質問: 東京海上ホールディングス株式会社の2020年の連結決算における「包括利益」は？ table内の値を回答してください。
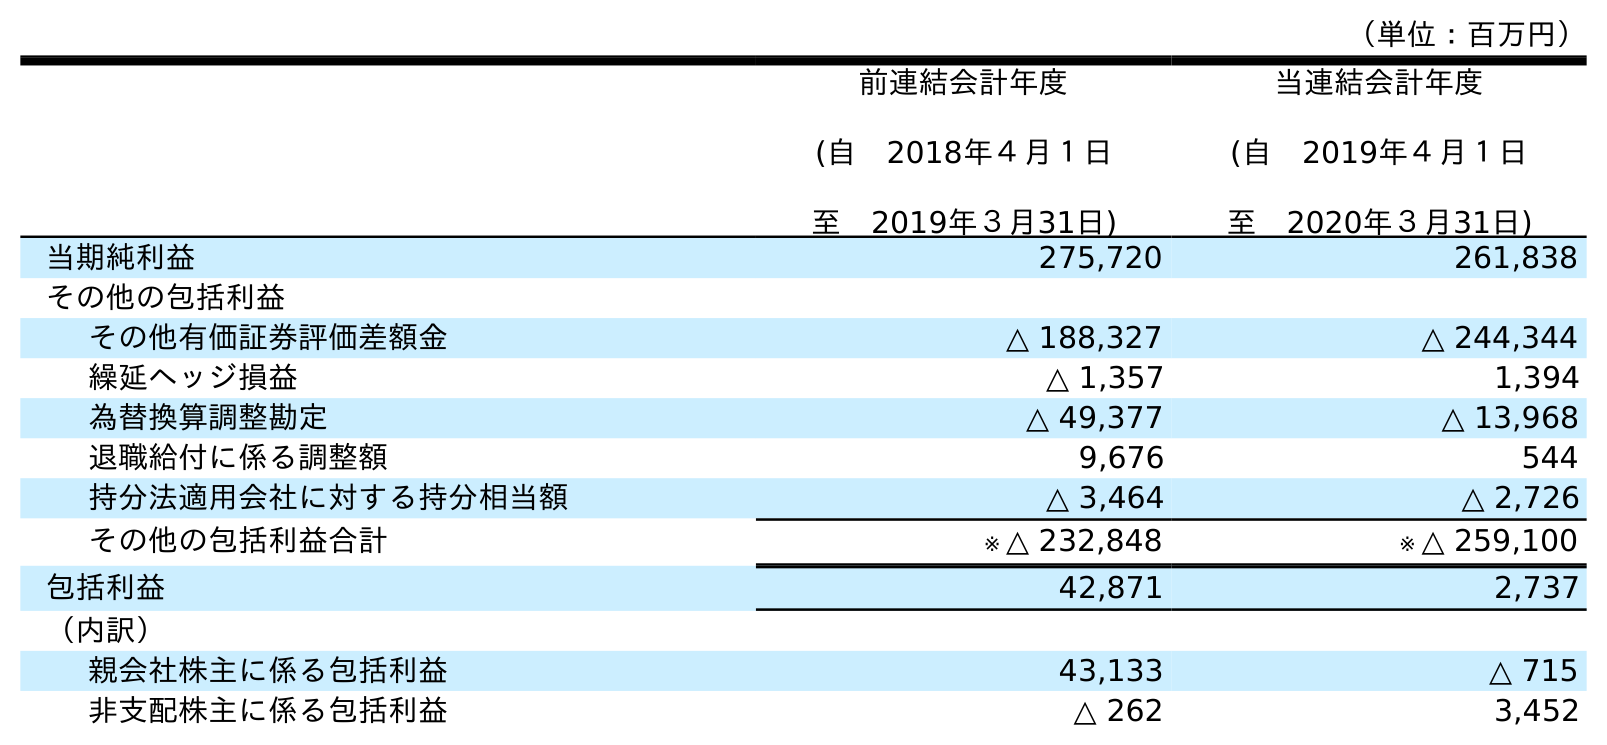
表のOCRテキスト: （単位：百万円） 前連結会計年度 (自 2018年４月１日 至 2019年３月31日) 当連結会計年度 (自 2019年４月１日 至 2020年３月31日) 当期純利益 275,720 261,838 その他の包括利益 その他有価証券評価差額金 △ 188,327 △ 244,344 繰延ヘッジ損益 △ 1,357 1,394 為替換算調整勘定 △ 49,377 △ 13,968 退職給付に係る調整額 9,676 544 持分法適用会社に対する持分相当額 △ 3,464 △ 2,726 その他の包括利益合計 ※ △ 232,848 ※ △ 259,100 包括利益 42,871 2,737 （内訳） 親会社株主に係る包括利益 43,133 △ 715 非支配株主に係る包括利益 △ 262 3,452
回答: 2,737